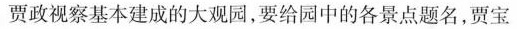
贾政视察基本建成的大观园，要给园中的各景点题名，贾宝